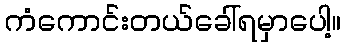
ကံကောင်းတယ်ခေါ်ရမှာပေါ့။